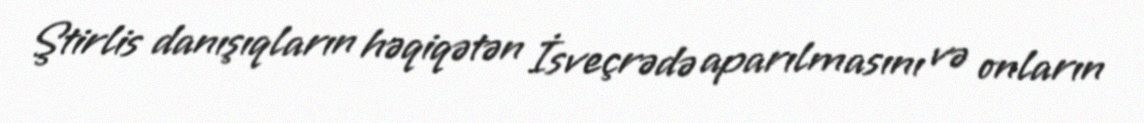
Ştirlis danışıqların həqiqətən İsveçrədə aparılmasını və onların